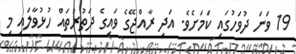
19 ވަނަ ދުވަހުގައި ކަމަށެވެ. އަދި ރާއްޖޭގެ ވައިގެ ދަތުރުތައް ހުޅުވާލައި މި